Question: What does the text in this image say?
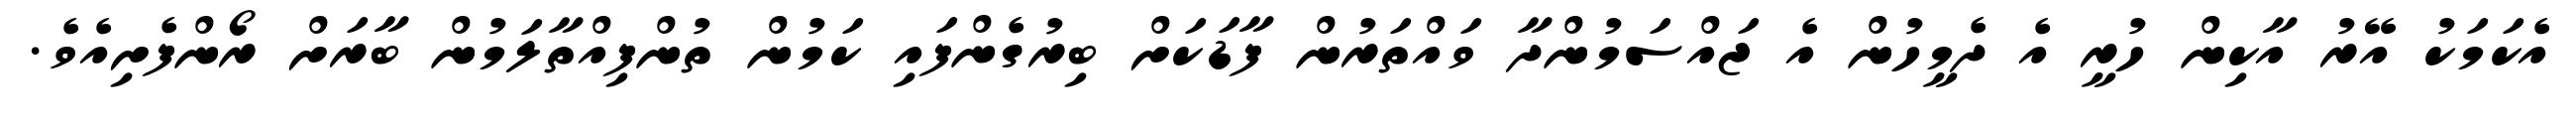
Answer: އެކަމަކު އޭރު އާކިން ހުރީ އެ ދެމީހުން އެ ޖައްސަމުންދާ ވައްތަރުން ފާޑަކަށް ބިރުގެންފައި ކަމުން ތުންފިއްތާލަމުން ބާރަށް ރޯންފެށިއެވެ.